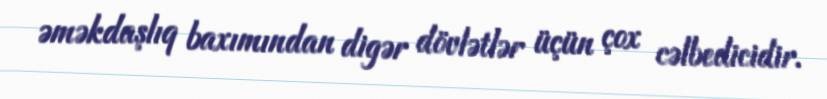
əməkdaşlıq baxımından digər dövlətlər üçün çox cəlbedicidir.